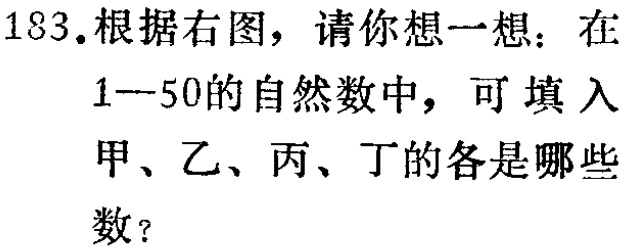
183.根据右图，请你想一想：在

1—50的自然数中，可填入

甲、乙、丙、丁的各是哪些

数？